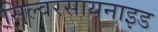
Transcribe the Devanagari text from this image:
सिल्वरसायनाइड